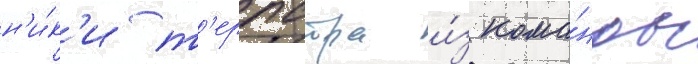
н'и́к'и т'ерпстра и́з кома́нды